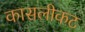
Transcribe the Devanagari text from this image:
कासलीकट